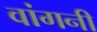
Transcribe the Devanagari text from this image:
वांगनी